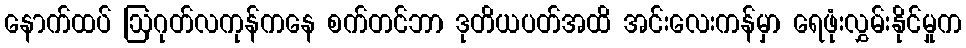
နောက်ထပ် ဩဂုတ်လကုန်ကနေ စက်တင်ဘာ ဒုတိယပတ်အထိ အင်းလေးကန်မှာ ရေဖုံးလွှမ်းနိုင်မှုက